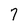
Character: 7